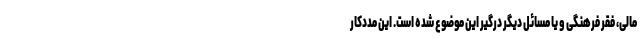
مالی، فقر فرهنگی و یا مسائل دیگر درگیر این موضوع شده است. این مددکار